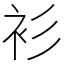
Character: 衫